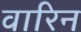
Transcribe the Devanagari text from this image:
वारिन